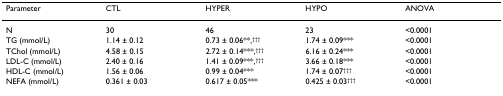
<table><thead><tr><td><b>Parameter</b></td><td><b>CTL</b></td><td><b>HYPER</b></td><td><b>HYPO</b></td><td><b>ANOVA</b></td></tr></thead><tbody><tr><td>N</td><td>30</td><td>46</td><td>23</td><td>&lt;0.0001</td></tr><tr><td>TG (mmol/L)</td><td>1.14 ± 0.12</td><td>0.73 ± 0.06**,<sup>†††</sup></td><td>1.74 ± 0.09***</td><td>&lt;0.0001</td></tr><tr><td>TChol (mmol/L)</td><td>4.58 ± 0.15</td><td>2.72 ± 0.14***,<sup>†††</sup></td><td>6.16 ± 0.24***</td><td>&lt;0.0001</td></tr><tr><td>LDL-C (mmol/L)</td><td>2.40 ± 0.16</td><td>1.41 ± 0.09***,<sup>†††</sup></td><td>3.66 ± 0.18***</td><td>&lt;0.0001</td></tr><tr><td>HDL-C (mmol/L)</td><td>1.56 ± 0.06</td><td>0.99 ± 0.04***</td><td>1.74 ± 0.07<sup>†††</sup></td><td>&lt;0.0001</td></tr><tr><td>NEFA (mmol/L)</td><td>0.361 ± 0.03</td><td>0.617 ± 0.05***</td><td>0.425 ± 0.03<sup>†††</sup></td><td>&lt;0.0001</td></tr></tbody></table>